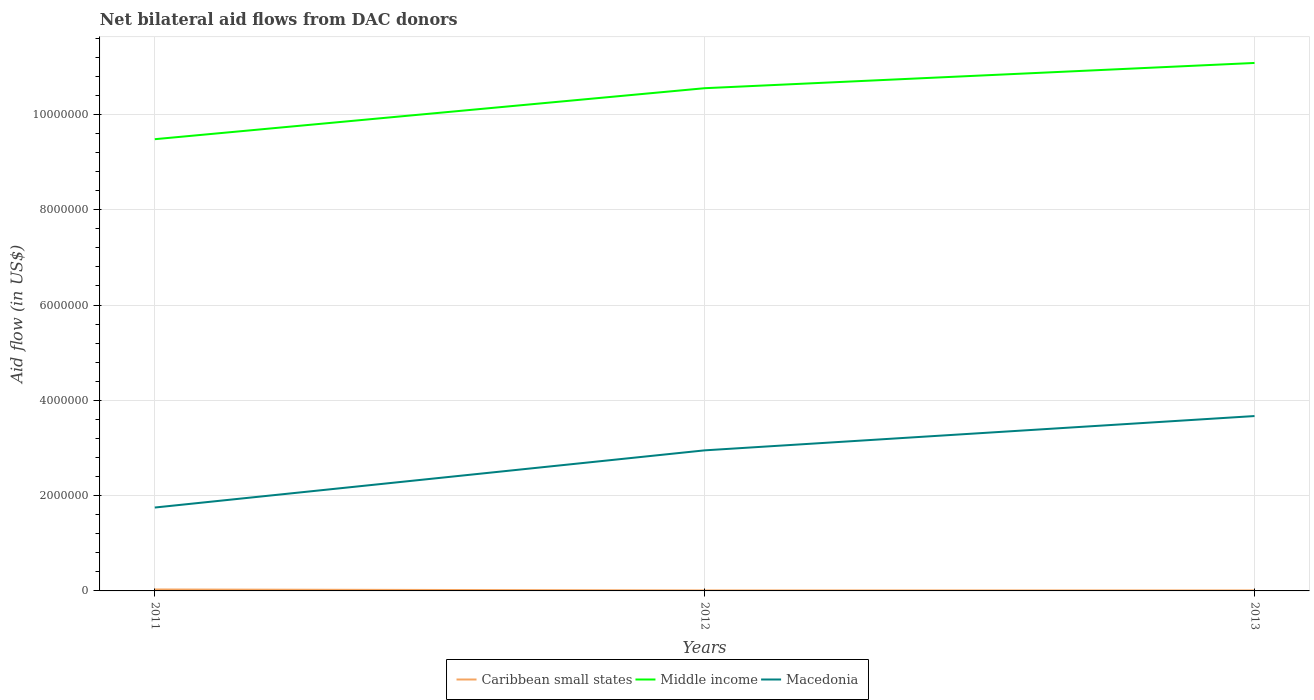
| Years | Caribbean small states | Middle income | Macedonia |
 | --- | --- | --- | --- |
 | 2011 | 3e+04 | 9.48e+06 | 1.75e+06 |
 | 2012 | 1e+04 | 1.06e+07 | 2.95e+06 |
 | 2013 | 1e+04 | 1.11e+07 | 3.67e+06 |